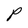
Character: P